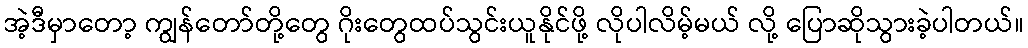
အဲ့ဒီမှာတော့ ကျွန်တော်တို့တွေ ဂိုးတွေထပ်သွင်းယူနိုင်ဖို့ လိုပါလိမ့်မယ် လို့ ပြောဆိုသွားခဲ့ပါတယ်။